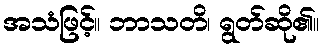
အသံဖြင့်။ ဘာသတိ၊ ရွတ်ဆို၏။